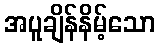
အပူချိန်နိမ့်သော